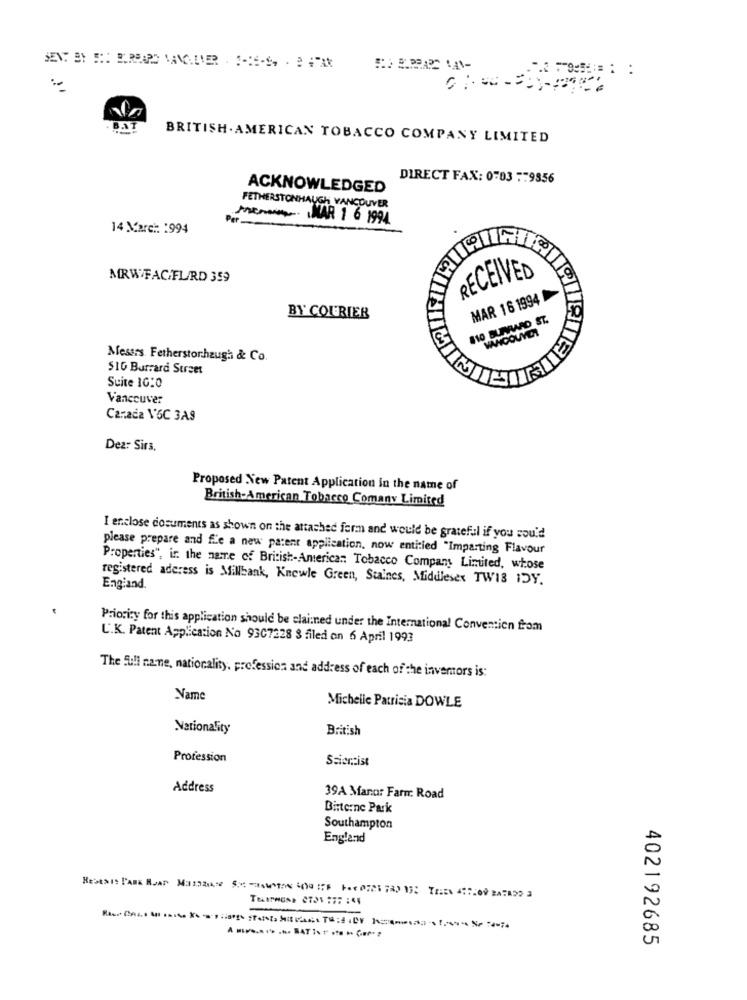
BRITISH. AMERICAN TOBACCO COMPANY LIMITED
DIRECT FAX: 0703 :79856
ACKNOWLEDGED
FETHERSTONHAUGH VANCOUVER
Menos KAR 1 6 1994
14 March 1994
MRW FAC/FL/RD 359
RECEIVED
MAR 16 1994
BY COURIER
810 BURRARD ST.
Messrs. Fetherstorhaugh & Co.
516 Burrard Street
Suite 10:0
Vancouver
Canada V6C 3AS
Dear Sirs.
Proposed New Patent Application in the name of
British-American Tobacco Comany Limited
I enclose documents as shown on the attached ferm and would be grateful if you sou'd
please prepare and ffe a new patent application, now entitled "Imparting Flavour
Properties", in the name of British-American Tobacco Company Linuted, whose
registered aderess is Millbank, Knewle Green, Staines, Middlesex TWIS IDY.
Engiand.
Priority for this application should be clai:ned under the International Convention from
L.K. Patent Application No 93C7228 8 filed on 6 April 1993
The full name, nationality, profession and address of each of the inventors is:
Name
Michelle Patricia DOWLE
Nationality
British
Profession
Scientist
Address
39A Mano: Farm Road
Binterne Park
Southampton
England
402192685